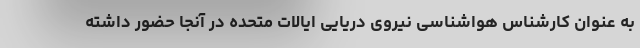
به عنوان کارشناس هواشناسی نیروی دریایی ایالات متحده در آنجا حضور داشته